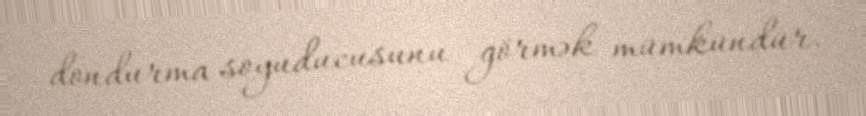
dondurma soyuducusunu görmək mümkündür.